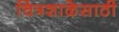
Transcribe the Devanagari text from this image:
चित्रशाळेसाठी